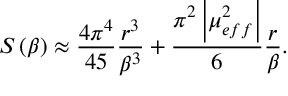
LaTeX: S \left( \beta \right) \approx \frac { 4 \pi ^ { 4 } } { 4 5 } \frac { r ^ { 3 } } { \beta ^ { 3 } } + \frac { \pi ^ { 2 } \left| \mu _ { e f f } ^ { 2 } \right| } { 6 } \frac { r } { \beta } .